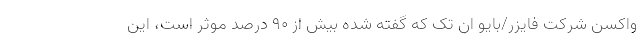
واکسن شرکت فایزر/بایو ان تک که گفته شده بیش از ۹۰ درصد موثر است، این